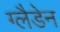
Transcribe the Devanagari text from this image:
ग्लैडेन